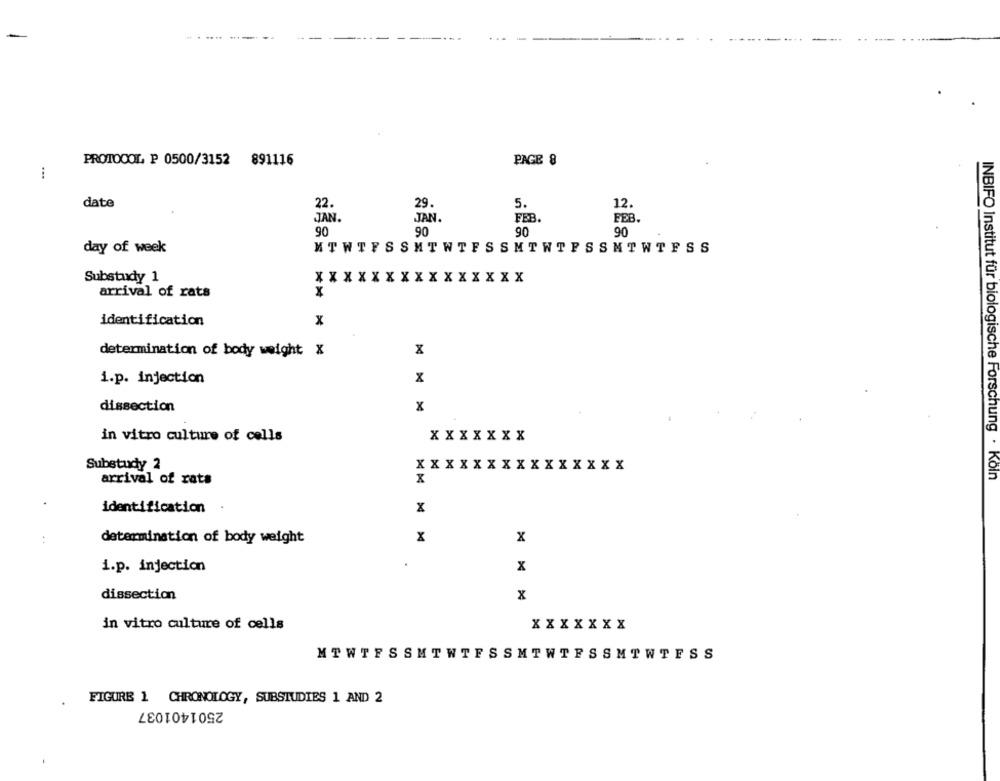
-
PROTOCOL P 0500/3152 891116
PAGE 8
date
22.
29.
5.
12.
JAN.
JAN.
FEB.
FEB.
90
90
90
90
day of week
MTWTFSSHTWTFSSMTWTFSSMTWTFSS
Substudy 1
XXXXXXXXXXXXXXX
arrival of rats
identification
x
x
determination of body weight X
i.p. injection
x
dissection
x
in vitro culture of cells
XXXXXXX
Substudy 2
XXXXXXXXXXXXXXX
INBIFO Institut für biologische Forschung . Koln
arrival of rats
x
identification
x
:
determination of body weight
x
x
i.p. injection
x
dissection
x
in vitro culture of cells
XXXXXXX
MTWTFSSMTWTFSSMTWTESSMTWTFSS
FIGURE 1 CHRONOLOGY, SUBSTUDIES 1 AND 2
2501401037